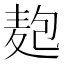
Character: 𮮆